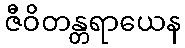
ဇီဝိတန္တရာယေန